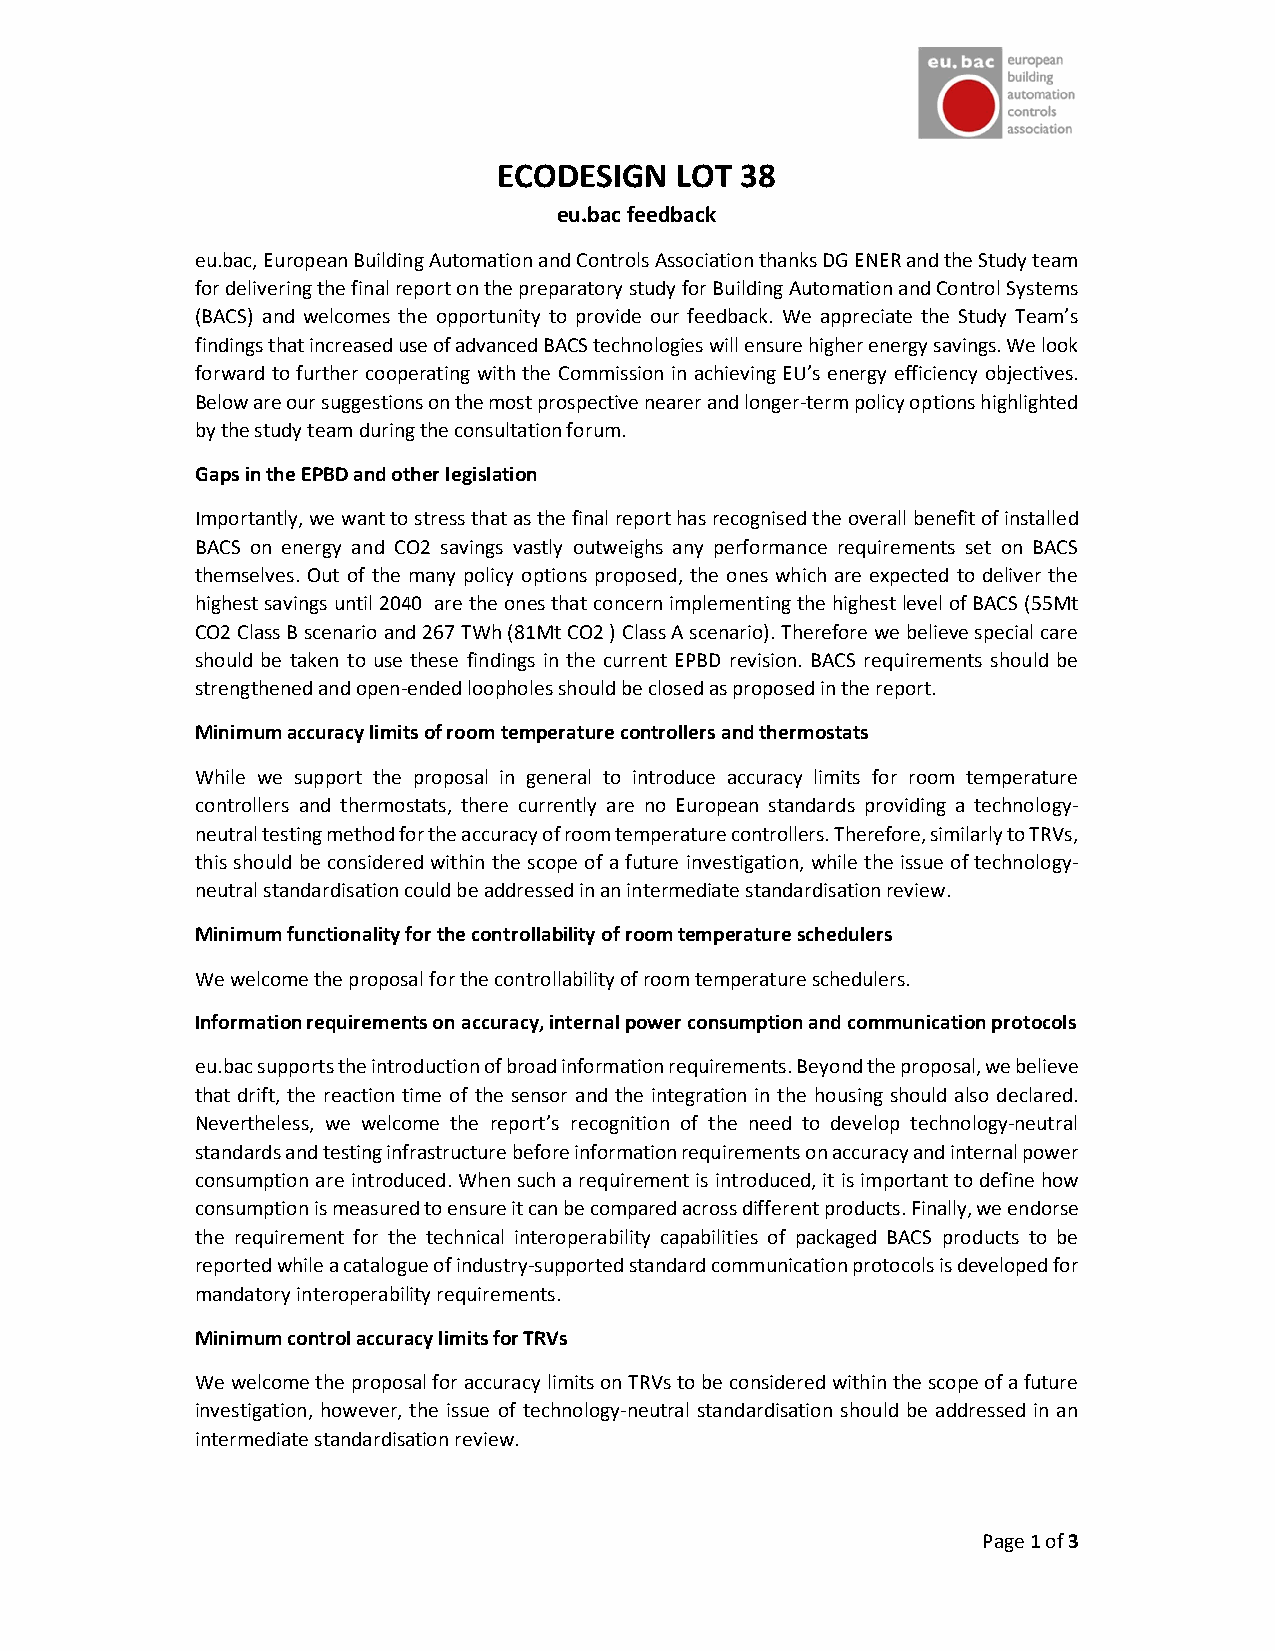
ECODESIGN   LOT 38
 eu.bac feedback
 eu.bac, European Building Automation and Controls Association thanks DG ENER and the Study team
 for delivering the final report on the preparatory study for Building Automation and Control Systems
 (BACS) and welcomes the opportunity to provide our feedback. We appreciate the Study Team’s
 findings that increased use of advanced BACS technologies will ensure higher energy savings. We look
 forward to further cooperating with the Commission in achieving EU’s energy efficiency objectives.
 Below are our suggestions on the most prospective nearer and longer-term policy options highlighted
 by the study team during the consultation forum.
 Gaps in the EPBD and other legislation
 Importantly, we want to stress that as the final report has recognised the overall benefit of installed
 BACS on energy and CO2 savings vastly outweighs any performance requirements set on BACS
 themselves. Out of the many policy options proposed, the ones which are expected to deliver the
 highest savings until 2040 are the ones that concern implementing the highest level of BACS (55Mt
 CO2 Class B scenario and 267 TWh (81Mt CO2 ) Class A scenario). Therefore we believe special care
 should be taken to use these findings in the current EPBD revision. BACS requirements should be
 strengthened and open-ended loopholes should be closed as proposed in the report.
 Minimum accuracy limits of room temperature controllers and thermostats
 While we support the proposal in general to introduce accuracy limits for room temperature
 controllers and thermostats, there currently are no European standards providing a technology-
 neutral testing method for the accuracy of room temperature controllers. Therefore, similarly to TRVs,
 this should be considered within the scope of a future investigation, while the issue of technology-
 neutral standardisation could be addressed in an intermediate standardisation review.
 Minimum functionality for the controllability of room temperature schedulers
 We welcome the proposal for the controllability of room temperature schedulers.
 Information requirements on accuracy, internal power consumption and communication protocols
 eu.bac supports the introduction of broad information requirements. Beyond the proposal, we believe
 that drift, the reaction time of the sensor and the integration in the housing should also declared.
 Nevertheless, we welcome the report’s recognition of the need to develop technology-neutral
 standards and testing infrastructure before information requirements on accuracy and internal power
 consumption are introduced. When such a requirement is introduced, it is important to define how
 consumption is measured to ensure it can be compared across different products. Finally, we endorse
 the requirement for the technical interoperability capabilities of packaged BACS products to be
 reported while a catalogue of industry-supported standard communication protocols is developed for
 mandatory interoperability requirements.
 Minimum control accuracy limits for TRVs
 We welcome the proposal for accuracy limits on TRVs to be considered within the scope of a future
 investigation, however, the issue of technology-neutral standardisation should be addressed in an
 intermediate standardisation review.
 Page 1 of 3